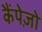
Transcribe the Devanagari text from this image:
कैंपेज़ो